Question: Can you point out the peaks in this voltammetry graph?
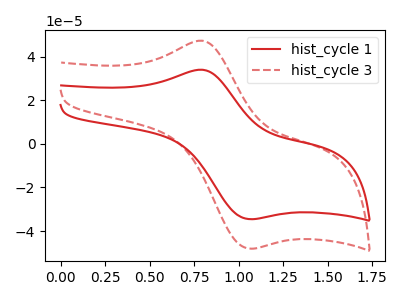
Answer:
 <answer>The red curve "hist_cycle 1" has an anodic peak at (0.80V, 34.00uA) and a cathodic peak at (1.05V, -34.50uA). The red dashed curve "hist_cycle 3" has an anodic peak at (0.80V, 47.30uA) and a cathodic peak at (1.05V, -48.00uA).</answer>
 <eval></eval>